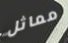
مماثل